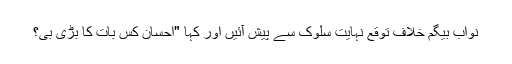
نواب بیگم خلاف توقع نہایت سلوک سے پیش آئیں اور کہا "احسان کس بات کا بڑی بی؟